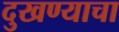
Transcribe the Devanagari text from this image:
दुखण्याचा